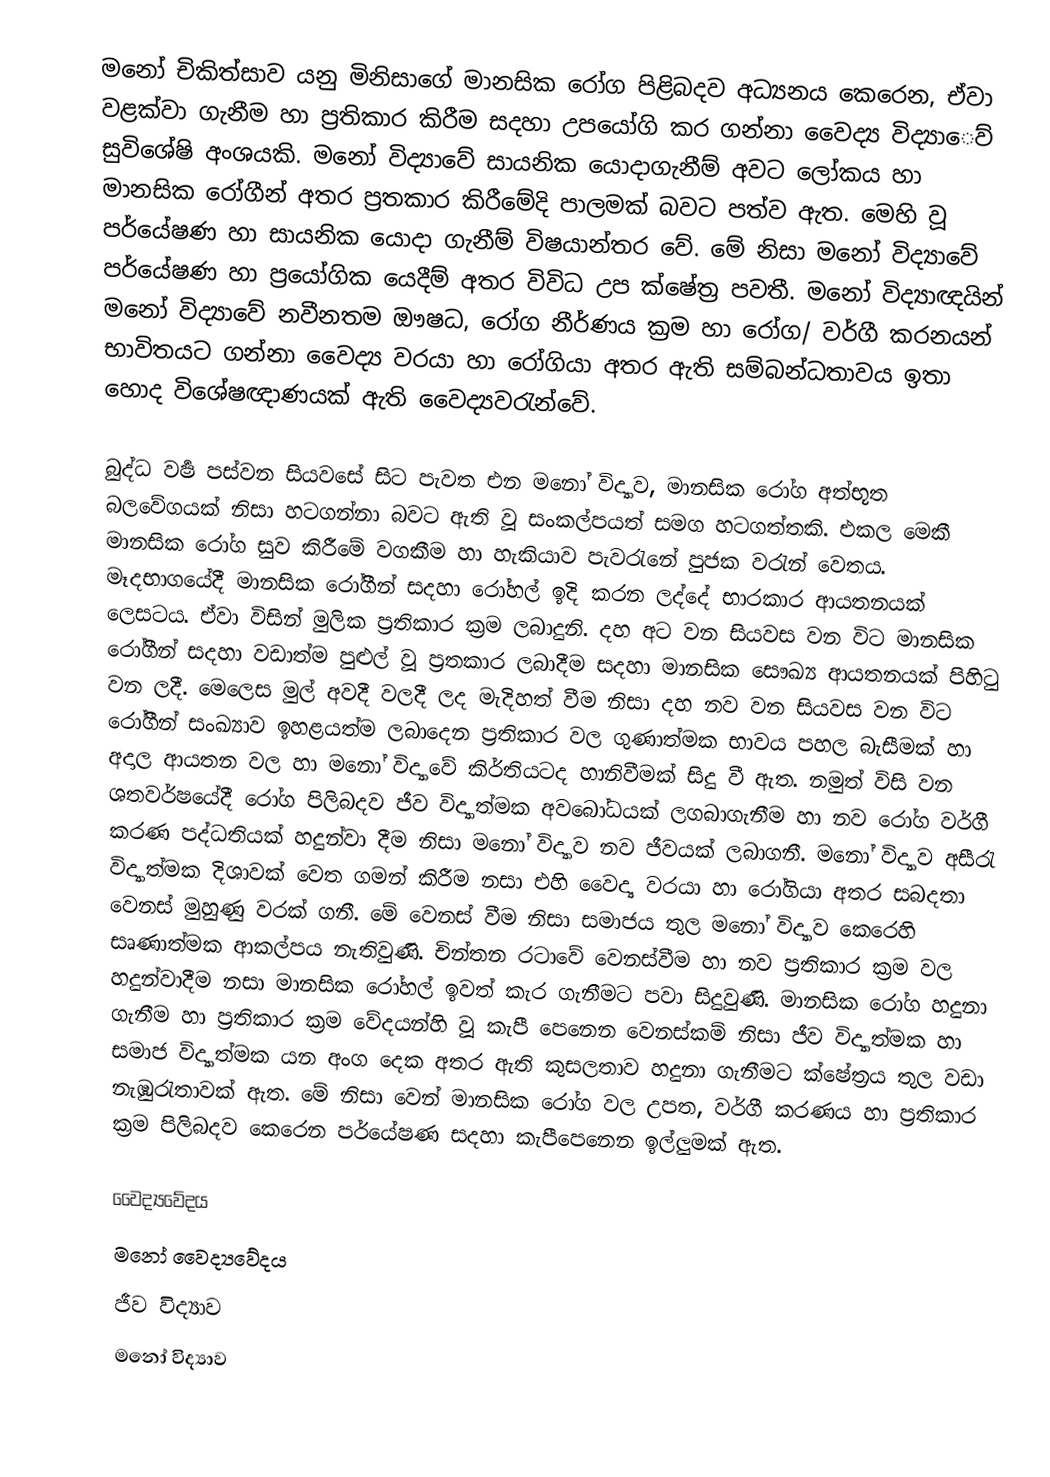
මනෝ චිකිත්සාව යනු මිනිසාගේ මානසික රෝග පිළිබදව අධ්‍යනය කෙරෙන, ඒවා වළක්වා ගැනීම හා ප්‍රතිකාර කිරීම සදහා උපයෝගි කර ගන්නා වෛද්‍ය විද්‍යා‍ෙව් සුවිශේෂි අංශයකි. මනෝ විද්‍යාවේ සායනික යොදාගැනීම් අවට ලෝකය හා මානසික රෝගීන් අතර ප්‍රතකාර කිරීමේදි පාලමක් බවට පත්ව ඇත. මෙහි වූ පර්යේෂණ හා සායනික යොදා ගැනීම් විෂයාන්තර වේ. මේ නිසා මනෝ විද්‍යාවේ පර්යේෂණ හා ප්‍රයෝගික යෙදීම් අතර විවිධ උප ක්ෂේත්‍ර පවතී. මනෝ විද්‍යාඥයින් මනෝ විද්‍යාවේ නවීනතම ඖෂධ, රෝග නීර්ණය ක්‍රම හා රෝග/ වර්ගී කරනයන් භාවිතයට ගන්නා වෛද්‍ය වරයා හා රෝගියා අතර ඇති සම්බන්ධතාවය ඉතා හොද විශේෂඥාණයක් ඇති වෛද්‍යවරැන්වේ.

බුද්ධ වර්‍ෂ පස්වන සියවසේ සිට පැවත එන මනෝ විද්‍යාව, මානසික රෝග අත්භූත බලවේගයක් නිසා හටගන්නා බවට ඇති වූ සංකල්පයත් සමග හටගත්තකි. එකල මෙකී මානසික රෝග සුව කිරීමේ වගකීම හා හැකියාව පැවරැනේ පුජක වරැන් වෙතය. මෑදභාගයේදී මානසික රෝගීන් සදහා රෝහල් ඉදි කරන ලද්දේ භාරකාර ආයතනයක් ලෙසටය. ඒවා විසින් මුලික ප්‍රතිකාර ක්‍රම ලබාදුනි. දහ අට වන සියවස වන විට මානසික රෝගීන් සදහා වඩාත්ම පුළුල් වූ ප්‍රතකාර ලබාදීම සදහා මානසික සෞඛ්‍ය ආයතනයක් පිහිටු වන ලදී. මෙලෙස මුල් අවදී වලදී ලද මැදිහත් වීම නිසා දහ නව වන සියවස වන විට රෝගීන් සංඛ්‍යාව ඉහළයත්ම ලබාදෙන ප්‍රතිකාර වල ගුණාත්මක භාවය පහල බැසීමක් හා අදාල ආයතන වල හා මනෝ විද්‍යාවේ කිර්තියටද හානිවීමක් සිදු වී ඇත. නමුත් විසි වන ශතවර්ෂයේදී රෝග පිලිබදව ජීව විද්‍යාත්මක අවබෝධයක් ලගබාගැනීම හා නව රෝග වර්ගී කරණ පද්ධතියක් හදුන්වා දීම නිසා මනෝ විද්‍යාව නව ජීවයක් ලබාගනී. මනෝ විද්‍යාව අසීරැ විද්‍යාත්මක දිශාවක් වෙත ගමන් කිරීම නසා එහි වෛද්‍ය වරයා හා රෝගියා අතර සබදතා වෙනස් මුහුණු වරක් ගනී. මේ වෙනස් වීම නිසා සමාජය තුල මනෝ විද්‍යාව කෙරෙහි සෘණාත්මක ආකල්පය නැතිවුණි. චින්තන රටාවේ වෙනස්වීම හා නව ප්‍රතිකාර ක්‍රම වල හදුන්වාදීම නසා මානසික රෝහල් ඉවත් කැර ගැනීමට පවා සිදුවුණි. මානසික රෝග හදුනා ගැනීම හා ප්‍රතිකාර ක්‍රම වේදයන්හි වූ කැපී පෙනෙන වෙනස්කම් නිසා ජීව විද්‍යාත්මක හා සමාජ විද්‍යාත්මක යන අංග දෙක අතර ඇති කුසලතාව හදුනා ගැනීමට ක්ෂේත්‍රය තුල වඩා නැඹුරැතාවක් ඇත. මේ නිසා වෙන් මානසික රෝග වල උපත, වර්ගී කරණය හා ප්‍රතිකාර ක්‍රම පිලිබදව කෙරෙන පර්යේෂණ සදහා කැපීපෙනෙන ඉල්ලුමක් ඇත.

වෛද්‍යවේදය
මනෝ වෛද්‍යවේදය
ජීව විද්‍යාව
මනෝ විද්‍යාව